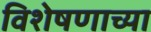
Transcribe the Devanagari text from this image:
विशेषणाच्या